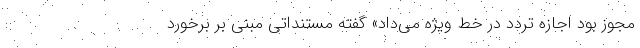
مجوز بود اجازه تردد در خط ویژه می‌داد» گفته مستنداتی مبنی بر برخورد